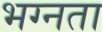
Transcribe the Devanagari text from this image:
भग्नता